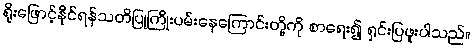
ရိုးဖြောင့်နိုင်ရန်သတိပြုကြိုးပမ်းနေကြောင်းတို့ကို စာရေး၍ ရှင်းပြဖူးပါသည်။